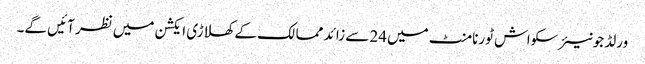
ورلڈ جونیئر سکواش ٹورنامنٹ میں24 سے زائد ممالک کے کھلاڑی ایکشن میں نظر آئیں گے۔